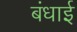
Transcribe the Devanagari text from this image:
बंधाई